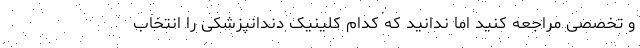
و تخصصی مراجعه کنید اما ندانید که کدام کلینیک دندانپزشکی را انتخاب